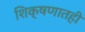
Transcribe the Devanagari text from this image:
शिक्षणातही